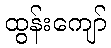
ထွန်းကျော်